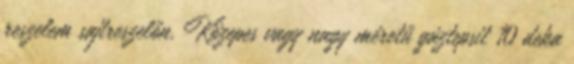
reszelem sajtreszelőn. Közepes vagy nagy méretű gáztepsit 10 deka